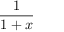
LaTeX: \frac { 1 } { 1 + x }